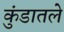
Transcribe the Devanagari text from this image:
कुंडातले